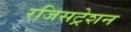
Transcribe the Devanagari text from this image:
रजिसट्रेशन